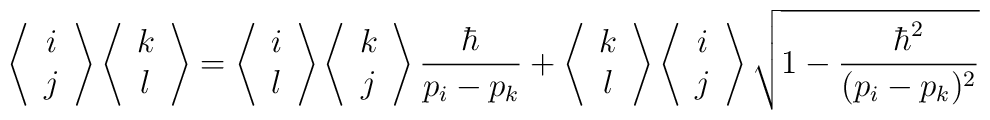
\left\langle\begin{array}{cc}i\\j\end{array}\right\rangle\left\langle\begin{array}{cc}k\\l\end{array}\right\rangle=\left\langle\begin{array}{cc}i\\l\end{array}\right\rangle\left\langle\begin{array}{cc}k\\j\end{array}\right\rangle \frac{\hbar}{p_i-p_k}+\left\langle\begin{array}{cc}k\\l\end{array}\right\rangle\left\langle\begin{array}{cc}i\\j\end{array}\right\rangle\sqrt{1-\frac{\hbar^2}{ (p_i-p_k)^2}}